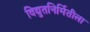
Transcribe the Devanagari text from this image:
विद्युतनिर्मितीला